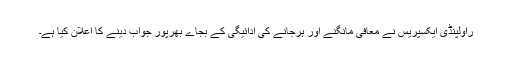
راولپنڈی ایکسپریس نے معافی مانگنے اور ہرجانے کی ادائیگی کے بجاے بھرپور جواب دینے کا اعلان کیا ہے۔